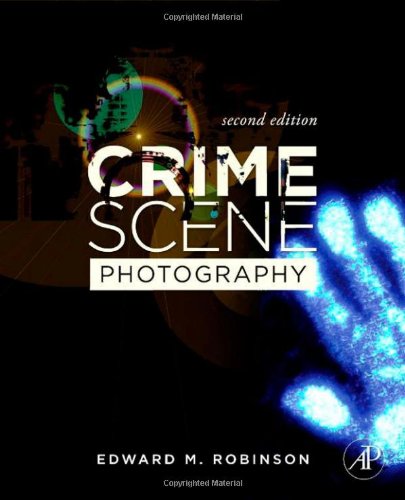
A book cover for Crime Scene Photography, Second Edition; Edward M. Robinson; Arts & Photography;